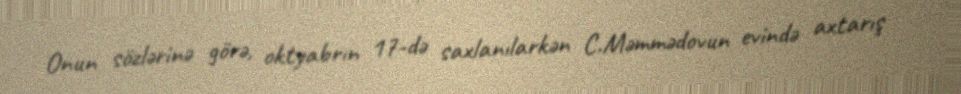
Onun sözlərinə görə, oktyabrın 17-də saxlanılarkən C.Məmmədovun evində axtarış